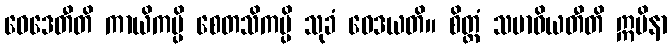
ဝေဒေတီတိ ကာယိကမ္ပိ စေတသိကမ္ပိ သုခံ ဝေဒယတိ။ စိတ္တံ သမာဓိယတီတိ ဣမိနာ